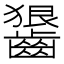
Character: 𪙈